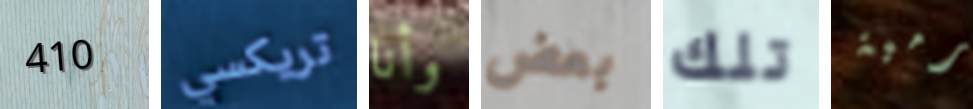
410 تريكسي وأنا بعض تلك رمية